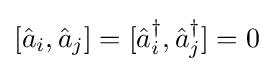
[{\hat {a}}_{i},{\hat {a}}_{j}]=[{\hat {a}}_{i}^{\dagger },{\hat {a}}_{j}^{\dagger }]=0